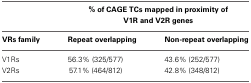
<table><thead><tr><td></td><td colspan="2"><b>% of CAGE TCs mapped in proximity of V1R and V2R genes</b></td></tr><tr><td><b>VRs family</b></td><td><b>Repeat overlapping</b></td><td><b>Non-repeat overlapping</b></td></tr></thead><tbody><tr><td>V1Rs</td><td>56.3% (325/577)</td><td>43.6% (252/577)</td></tr><tr><td>V2Rs</td><td>57.1% (464/812)</td><td>42.8% (348/812)</td></tr></tbody></table>